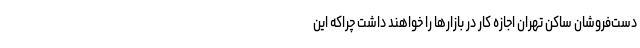
دست‌فروشان ساکن تهران اجازه کار در بازارها را خواهند داشت چراکه این